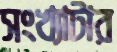
সংখ্যাটার